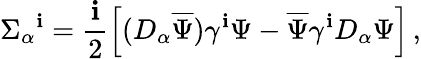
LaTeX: \Sigma_{\alpha}{}^{\mathbf{i}}=\frac{{\mathbf{i}}}{{2}}\left[(D_{\alpha}\overline{{{{\Psi}}}})\gamma^{\mathbf{i}}\Psi-\overline{{{{\Psi}}}}\gamma^{\mathbf{i}}D_{\alpha}\Psi\right]\, ,